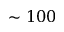
\sim 1 0 0